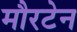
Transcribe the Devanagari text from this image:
मौरटेन